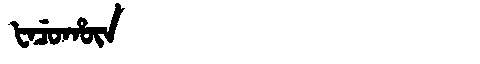
Manchu: ᡶᠠᠴᡠᡥᡡᠨ
Romanization: FACUHŪN